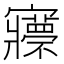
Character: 𡬇